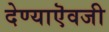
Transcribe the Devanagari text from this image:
देण्याऎवजी